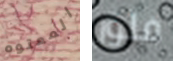
المعتوه فلور